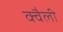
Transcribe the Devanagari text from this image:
क्वैली